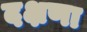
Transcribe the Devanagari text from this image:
दक्षणा